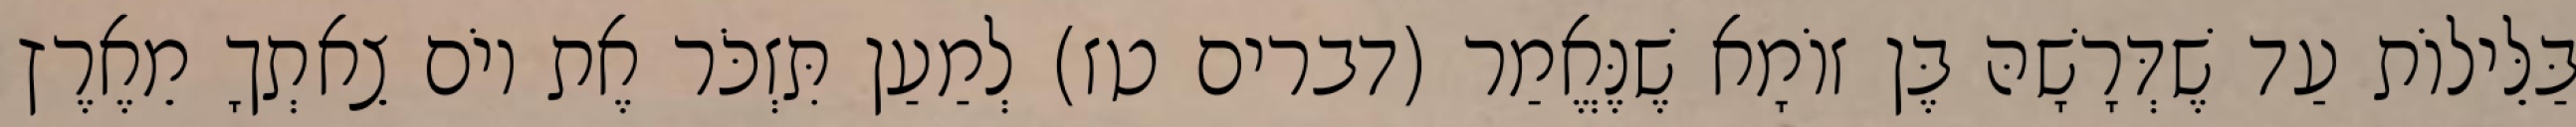
בַּלֵּילוֹת עַד שֶׁדְּרָשָׁהּ בֶּן זוֹמָא שֶׁנֶּאֱמַר (דברים טז) לְמַעַן תִּזְכֹּר אֶת יוֹם צֵאתְךָ מֵאֶרֶץ